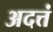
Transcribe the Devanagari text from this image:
अदत्तं